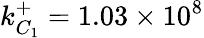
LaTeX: k_{C_{1}}^{+}=1.03\times 10^{8}